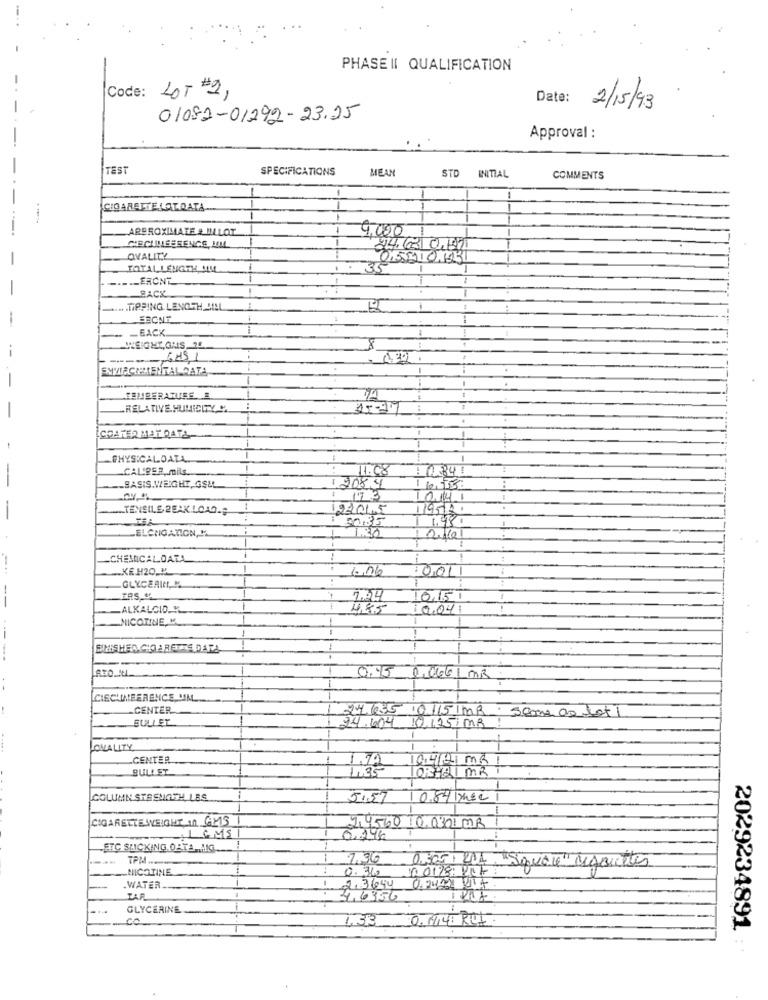
...
PHASE II QUALIFICATION
Code: LOT #2,
Date:
2/15/93
01082-01292- 23.25
Approval :
TEST
SPECIFICATIONS
MEAN
STD
INITIAL
COMMENTS
CIGARETTE LOTDATA
APPROXIMATE & BLOT
9.000
24, 3 0.97
OVALITY
0,5210.163
TOTAL LENGTH, MILL
35
.-.- FRONT
BACK
EN TIPPING LENGTH JILL
BBCNT
-BACK
8
74
TEMPERATURE
-RELATIVE HUMIDITY "
15.37
COATER MAT QATA
PHYSICALDATA
CALIPER mils ..
.- BASIS.WEIGHT, GELL
1.2084
10,505
173
TENSILE 2EAK.LOAD.
2201.5
1951.
: 50.35
1.98
ELONGATION, H
CHEMICALDATA
KEH20 M
6,06
001
--
GLYCERIN, M
ERS Of
7.34
16.15.
ALKALOID."
4,85
12.04
NICOTINE, M
---
EINISHER CIO A RETTE DATA
0:45
0,066 1 MR
CIECHIMEERENCE UM
CENTER
27.635
0115/MR . same as lot
BULLET
24.604
0,125/MR
LOKALITY
CENTER
INA
04@MR
BULLET
03-21 MR
COLUMN STRENGTH LES
5:57
0.84 IMec
CIGARETTEWEIGHT In AMIS
LCMSI
2,4560 10,0301 MB
0.246
STC SLICKING. OATA .1G.
TPM ......
NICOTINE
0.36
10 0128: POK
005/ 201 "Square" Megriettes
WATER
2,3694
AR
4,6356
GLYCERINE
.... CO
0.1714241.
2029234891